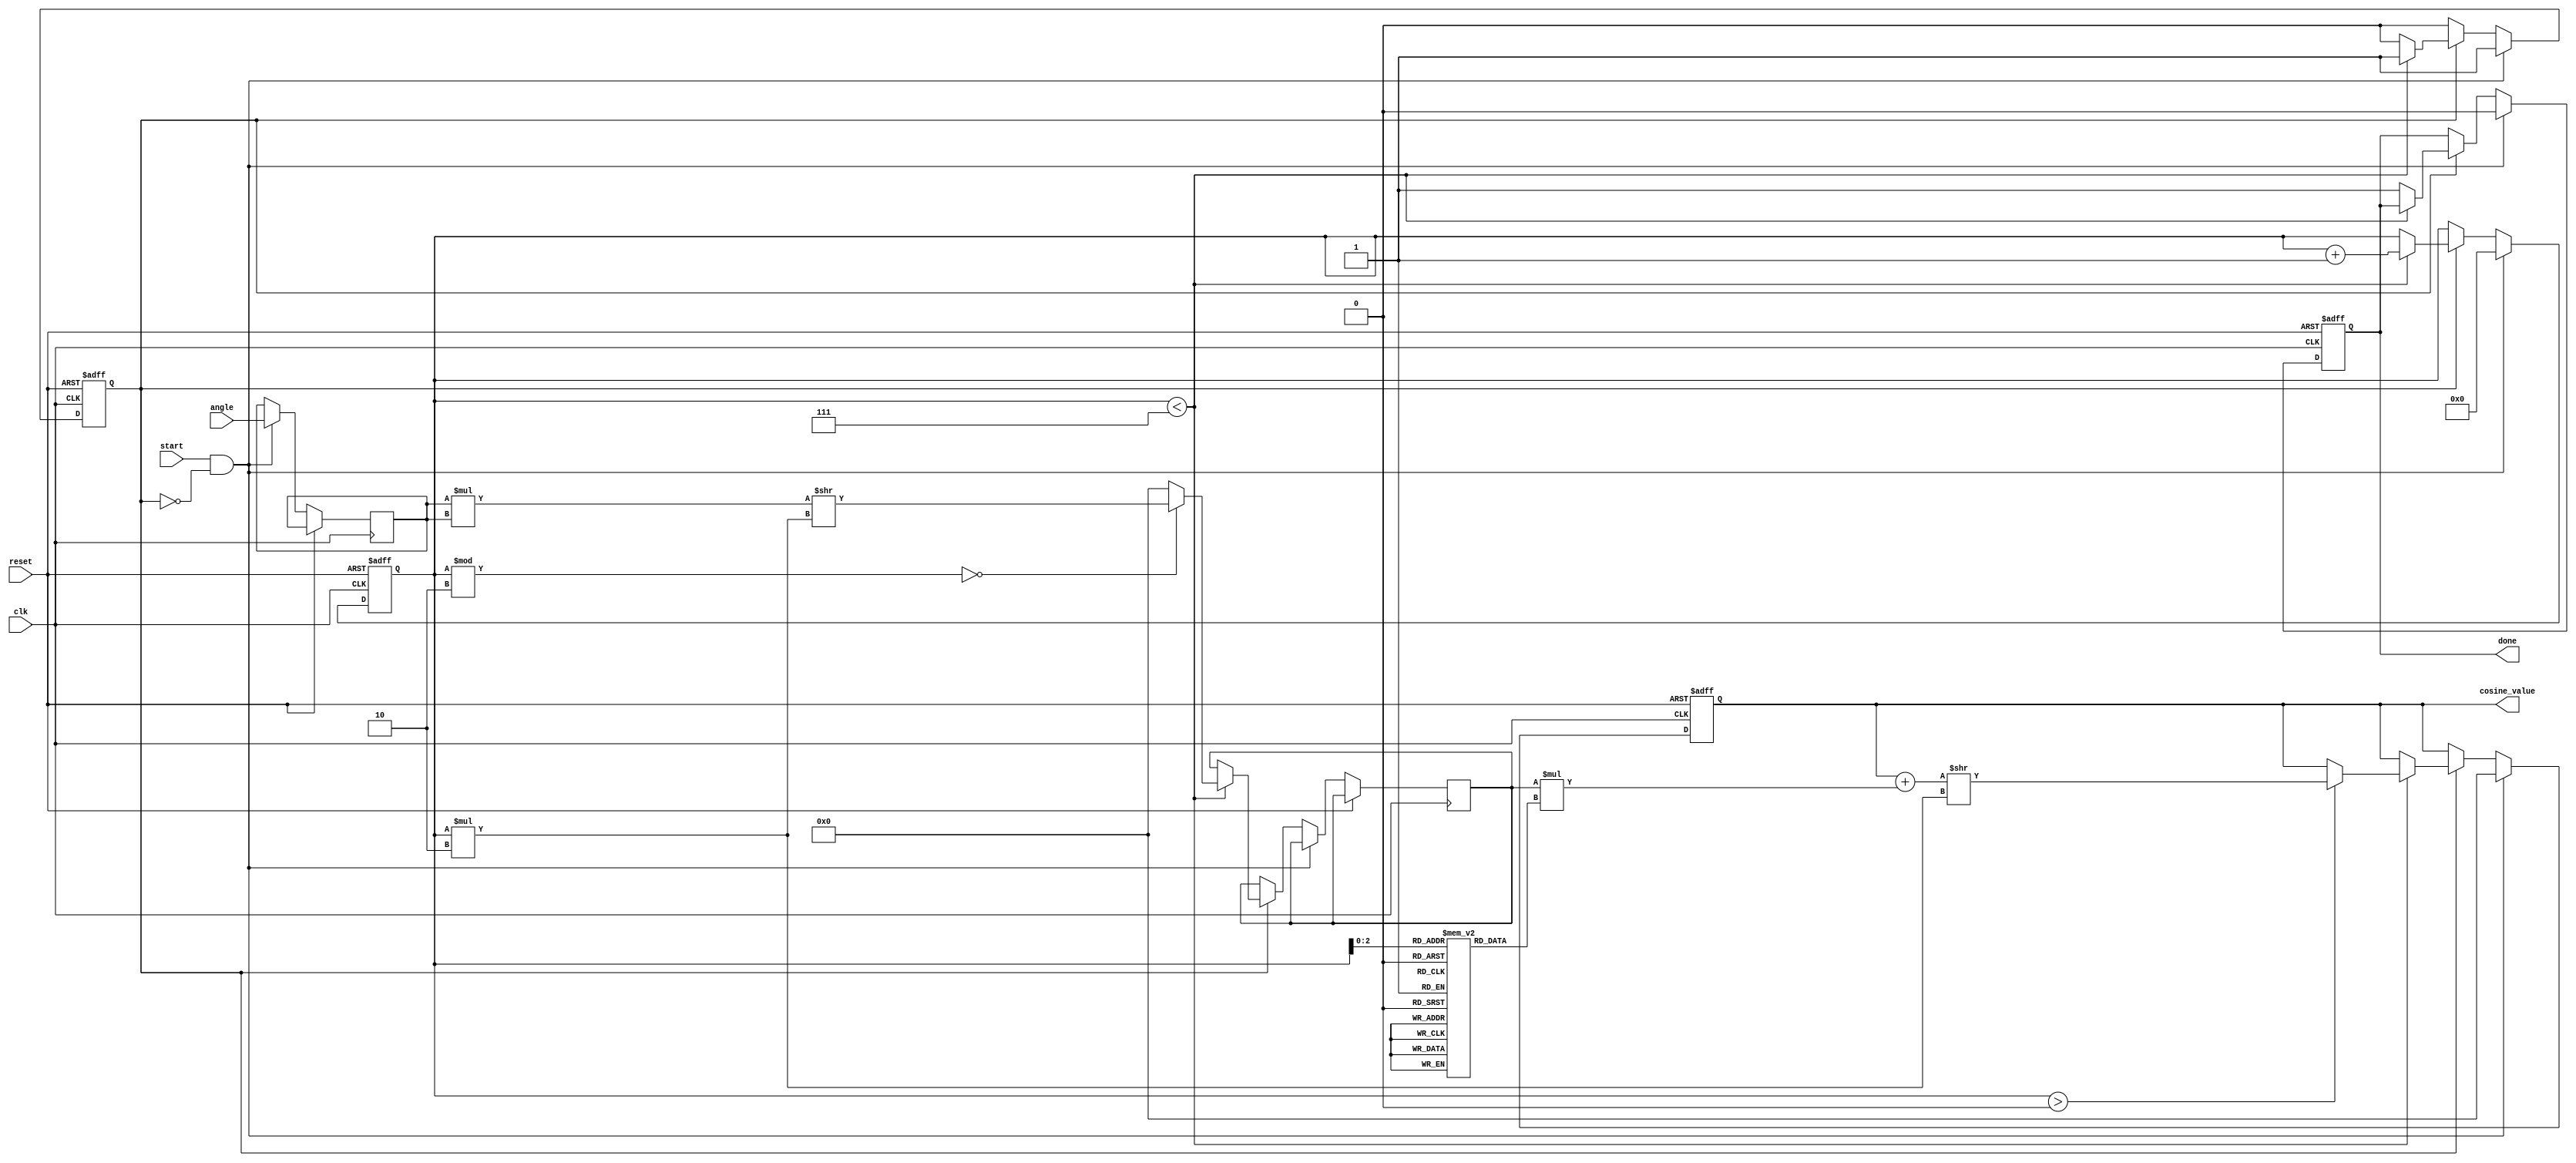
module cosine_block (
    input wire clk,
    input wire reset,
    input wire start,
    input wire [15:0] angle, // Fixed-point representation of angle in radians
    output reg [15:0] cosine_value, // Fixed-point representation of cosine value
    output reg done // Signal to indicate completion
);

    // Internal states
    reg [15:0] x; // Input angle
    reg [15:0] term; // Current term in the Taylor series
    reg [3:0] n; // Term index
    reg calculating; // State to indicate if calculation is ongoing

    // Constants for factorials
    localparam FACTORIAL_0 = 16'h0001; // 0!
    localparam FACTORIAL_2 = 16'h0002; // 2!
    localparam FACTORIAL_4 = 16'h0008; // 4!
    localparam FACTORIAL_6 = 16'h0030; // 6!

    // Taylor series coefficients
    reg [15:0] coeff [0:6]; // Coefficients for the first 7 terms
    initial begin
        coeff[0] = 16'h0001; // 1
        coeff[1] = 16'h0000; // 0
        coeff[2] = 16'hFFFE; // -1/2
        coeff[3] = 16'h0000; // 0
        coeff[4] = 16'h0001; // 1/24
        coeff[5] = 16'h0000; // 0
        coeff[6] = 16'hFFFE; // -1/720
    end

    // State machine for cosine calculation
    always @(posedge clk or posedge reset) begin
        if (reset) begin
            cosine_value <= 16'h0000;
            done <= 1'b0;
            calculating <= 1'b0;
            n <= 4'b0000;
        end else if (start && !calculating) begin
            x <= angle; // Load input angle
            cosine_value <= 16'h0000; // Reset cosine value
            n <= 4'b0000; // Reset term index
            calculating <= 1'b1; // Start calculation
            done <= 1'b0; // Reset done signal
        end else if (calculating) begin
            if (n < 4'b0111) begin // Calculate up to 7 terms
                term <= (n % 2 == 0) ? (x * x) >> (n * 2) : 0; // Calculate x^2n
                if (n > 0) begin
                    cosine_value <= cosine_value + (term * coeff[n]) >> (n * 2); // Add/subtract term
                end
                n <= n + 1; // Move to the next term
            end else begin
                calculating <= 1'b0; // End calculation
                done <= 1'b1; // Set done signal
            end
        end
    end

endmodule